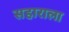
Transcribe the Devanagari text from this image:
सहाराला